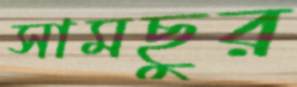
সামছুর